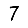
Digit: 7